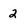
Character: 2